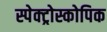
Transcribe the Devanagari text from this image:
स्पेक्ट्रोस्कोपिक